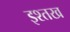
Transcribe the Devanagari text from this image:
इश्तख